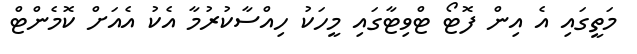
މަތީގައި އެ އިން ފޮޓޯ ޓްވިޓާގައި މީހަކު ހިއްސާކުރުމާ އެކު އެއަށް ކޮމެންޓް